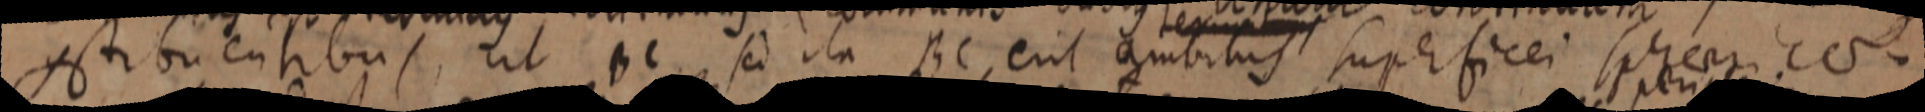
constituentibus, ut BC sed ita BC erit ambitus superficei sphaericae.